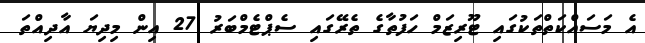
އެ މަސައްކަތްތަކުގައި ޓޫރިޒަމް ހަފުތާގެ ތެރޭގައި ސެޕްޓެމްބަރު 27 އިން މިދިޔަ އާދިއްތަ